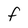
Character: F